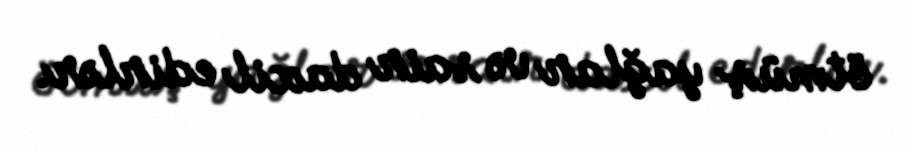
ötmüş yağlar və sair daxil edirlər.